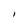
Character: I